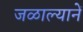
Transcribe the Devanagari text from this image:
जळाल्यानें